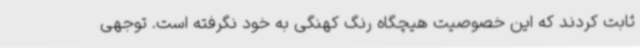
ثابت کردند که این خصوصیت هیچگاه رنگ کهنگی به خود نگرفته است. توجهی